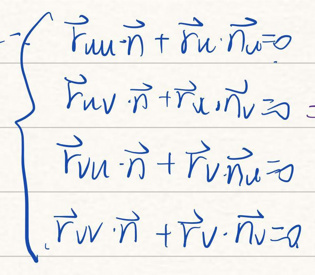
\begin{equation}
\left\{
\begin{array}{l}
\vec{r}_{uu} \cdot \vec{n} + \vec{r}_{u} \cdot \vec{n}_{u} = 0\\
\vec{r}_{uv} \cdot \vec{n} + \vec{r}_{u} \cdot \vec{n}_{v} = 0\\
\vec{r}_{vu} \cdot \vec{n} + \vec{r}_{v} \cdot \vec{n}_{u} = 0\\
\vec{r}_{vv} \cdot \vec{n} + \vec{r}_{v} \cdot \vec{n}_{v} = 0
\end{array}
\right.
\end{equation}